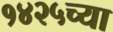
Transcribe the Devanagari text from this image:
१४२५च्या